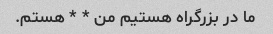
ما در بزرگراه هستیم من * * هستم.